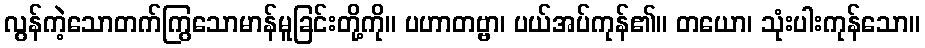
လွန်ကဲ့သောတက်ကြွသောမာန်မူခြင်းတို့ကို။ ပဟာတဗ္ဗာ၊ ပယ်အပ်ကုန်၏။ တယော၊ သုံးပါးကုန်သော။